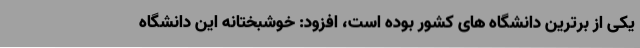
یکی از برترین دانشگاه های کشور بوده است، افزود: خوشبختانه این دانشگاه